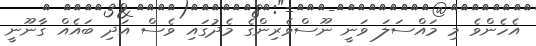
އެހެންވެ މި މައްސަލަ ވަނީ ނޫސްވެރިންގެ މެދުގައި ވެސް އަދި ބައެއް ގާނޫނީ